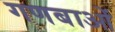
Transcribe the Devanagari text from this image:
गणबाओं